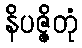
နိပဇ္ဇိတုံ